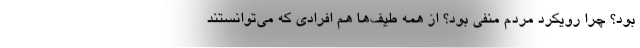
بود؟ چرا رویکرد مردم منفی بود؟ از همه طیف‌ها هم افرادی که می‌توانستند